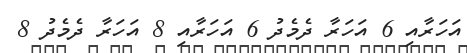
އަހަރާއި 6 އަހަރާ ދެމެދު 6 އަހަރާއި 8 އަހަރާ ދެމެދު 8